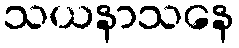
သယနာသနေ